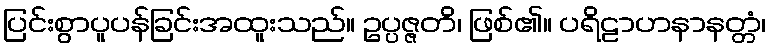
ပြင်းစွာပူပန်ခြင်းအထူးသည်။ ဥပ္ပဇ္ဇတိ၊ ဖြစ်၏။ ပရိဠာဟနာနတ္တံ၊